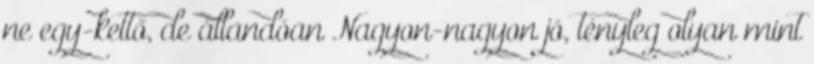
ne egy-kettő, de állandóan Nagyon-nagyon jó, tényleg olyan mint